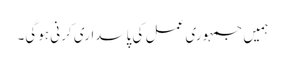
ہمیں جمہوری عمل کی پاسداری کرنی ہوگی۔